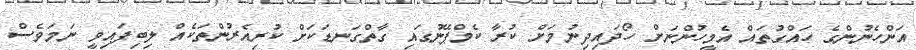
އަންހެނުންގެ ހައްގުތައް އެމީހުންނަށް ހޯދައިދިނުމަށް ކުރާ ކެމްޕޭނުގައި ގާތްގަނޑަކަށް ކުރިއެރުންތަކެއް ލިބިފައިވީ ނަމަވެސް